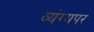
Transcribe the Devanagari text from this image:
व्यंग्यपर